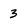
Character: 3